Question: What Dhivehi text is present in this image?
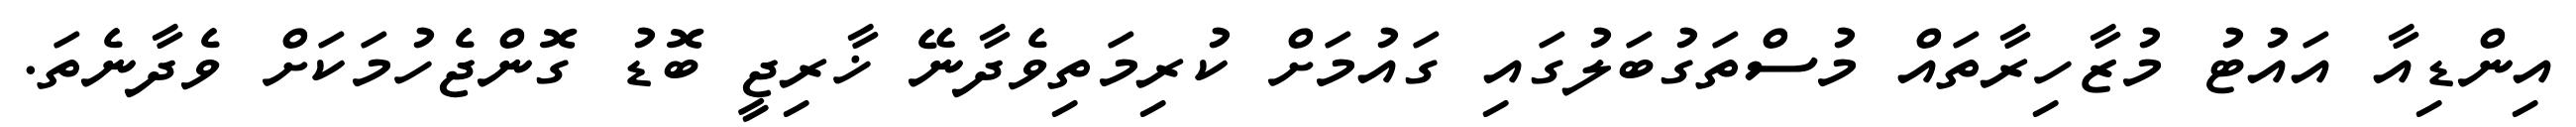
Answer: އިންޑިއާ އައުޓު މުޒާހިރާތައް މުސްތަގުބަލުގައި ގައުމަށް ކުރިމަތިވެދާނޭ ޚާރިޖީ ބޮޑު ގޮންޖެހުމަކަށް ވެދާނެތަ.